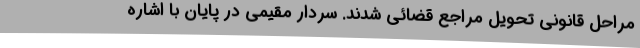
مراحل قانونی تحویل مراجع قضائی شدند. سردار مقیمی در پایان با اشاره